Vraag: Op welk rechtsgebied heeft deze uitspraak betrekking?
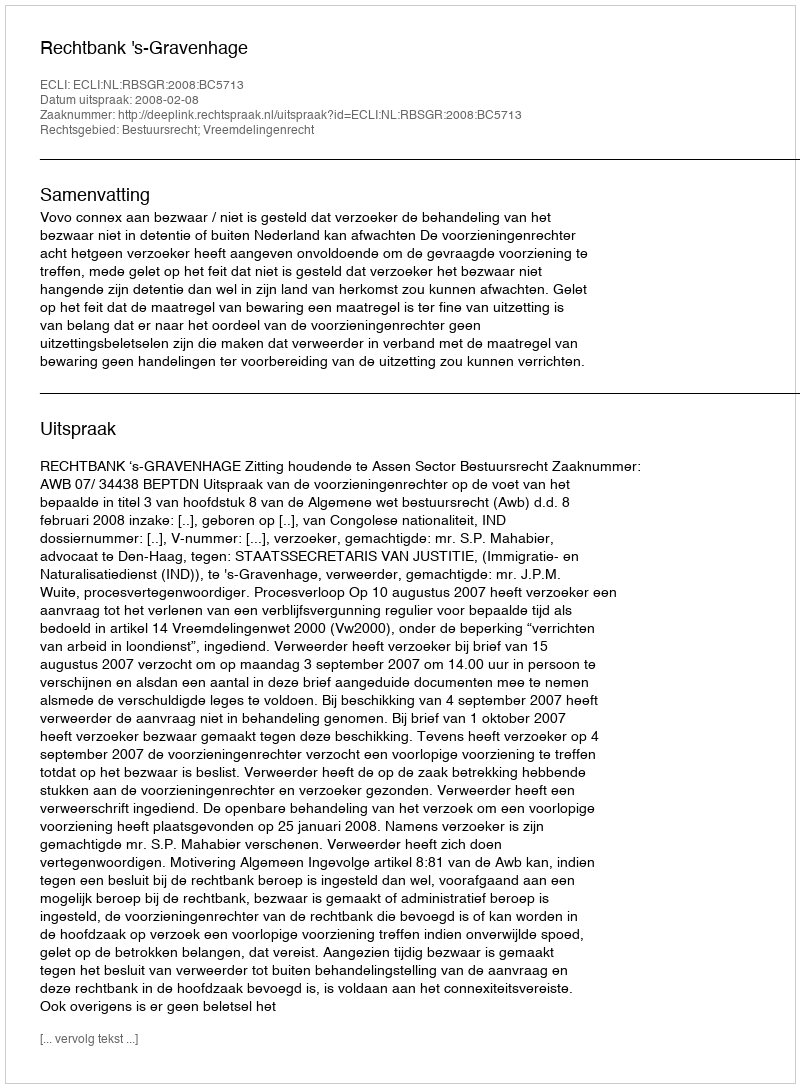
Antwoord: Bestuursrecht; Vreemdelingenrecht